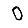
Digit: 0